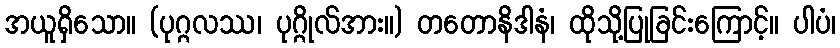
အယူရှိသော။ (ပုဂ္ဂလဿ၊ ပုဂ္ဂိုလ်အား။) တတောနိဒါနံ၊ ထိုသို့ပြုခြင်းကြောင့်။ ပါပံ၊